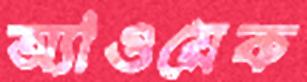
অ্যাওয়েক